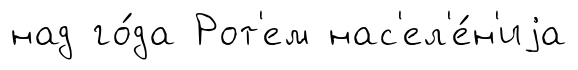
над го́да Рот'ем нас'ел'е́н'иjа